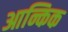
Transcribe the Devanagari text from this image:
आन्किक